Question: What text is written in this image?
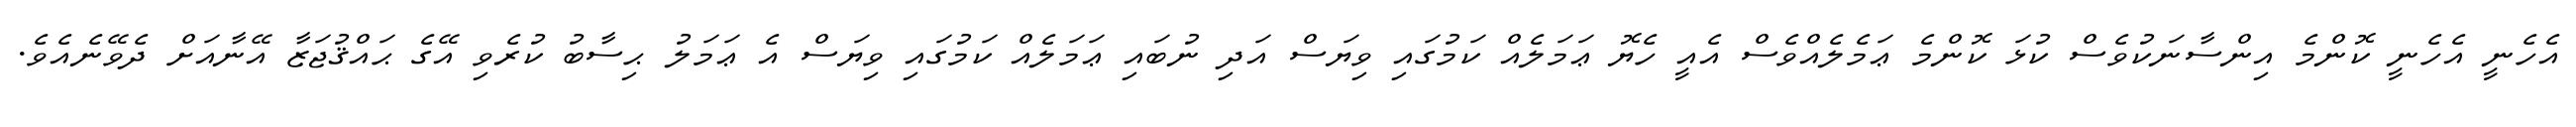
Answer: އެހެނީ އެހެނީ ކޮންމެ އިންސާނަކުވެސް ކުޅަ ކޮންމެ ޢަމެލެއްވެސް އެއީ ހެޔޮ ޢަމަލެއް ކަމުގައި ވިޔަސް އަދި ނުބައި ޢަމަލެއް ކަމުގައި ވިޔަސް އެ ޢަމަލު ޙިސާބު ކުރެވި އޭގެ ޙައްޤުޖަޒާ އޭނާއަށް ދެވޭނެއެވެ.